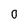
Character: O